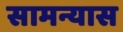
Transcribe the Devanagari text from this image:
सामन्यास